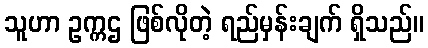
သူဟာ ဥက္ကဌ ဖြစ်လိုတဲ့ ရည်မှန်းချက် ရှိသည်။